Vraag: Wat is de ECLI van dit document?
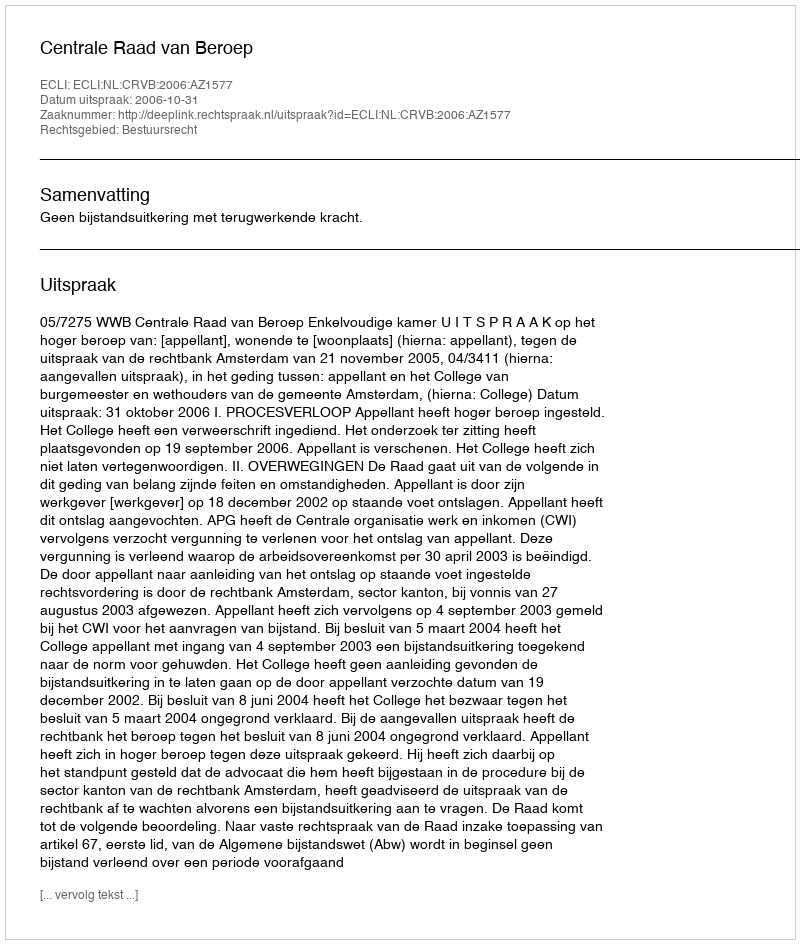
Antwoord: ECLI:NL:CRVB:2006:AZ1577